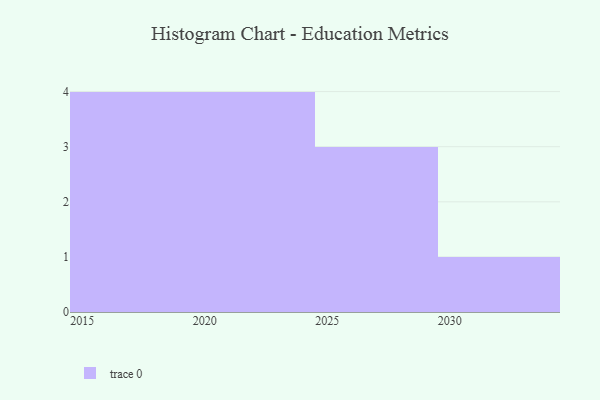
{"axis": {"x": "Year", "y": "Bounce Rate (%)"}, "legend": [""], "data": [{"x": "2028", "y": 44, "type": ""}, {"x": "2017", "y": 81, "type": ""}, {"x": "2021", "y": 19, "type": ""}, {"x": "2025", "y": 72, "type": ""}, {"x": "2030", "y": 78, "type": ""}, {"x": "2018", "y": 1, "type": ""}, {"x": "2015", "y": 47, "type": ""}, {"x": "2027", "y": 96, "type": ""}, {"x": "2022", "y": 1, "type": ""}, {"x": "2016", "y": 67, "type": ""}, {"x": "2023", "y": 61, "type": ""}, {"x": "2024", "y": 52, "type": ""}]}